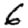
Digit: 6